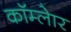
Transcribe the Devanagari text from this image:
कॉम्लेार